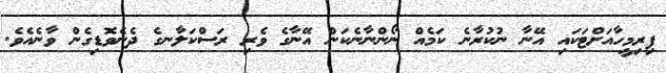
ފިރިމީހާއަށްޓަކައި އޭނާ ނުކުރާނެ ކަމެއް ނޯންނާނެކަން އޭނާގެ ވެރި ރަސްކަލާނގެ ދެނެވޮޑިގެން ވާނެއެވެ.